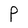
Character: P